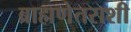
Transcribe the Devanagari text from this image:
ब्राह्मणेतराशी